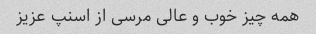
همه چیز خوب و عالی مرسی از اسنپ عزیز